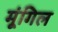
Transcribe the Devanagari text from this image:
मूंगिल